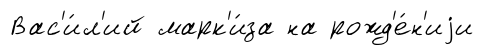
Вас'и́л'ий марк'и́за на рожд'е́н'иjи